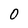
Character: O